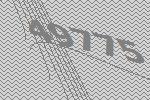
49775